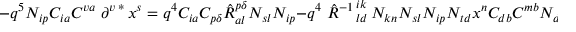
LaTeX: - q ^ { 5 } { \cal N } _ { i p } C _ { i a } C ^ { v a } \left. \partial ^ { v } \right. ^ { * } x ^ { s } = q ^ { 4 } C _ { i a } C _ { p \delta } \hat { \cal R } _ { a l } ^ { p \delta } { \cal N } _ { s l } { \cal N } _ { i p } - q ^ { 4 } \left. \hat { \cal R } ^ { - 1 } \right. _ { l d } ^ { i k } { \cal N } _ { k n } { \cal N } _ { s l } { \cal N } _ { i p } { \cal N } _ { t d } x ^ { n } C _ { d b } C ^ { m b } { \cal N } _ { d t } \left. \partial ^ { m } \right. ^ { * } ~ .